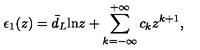
\epsilon _ { 1 } ( z ) = \bar { d } _ { L } \mathrm { l n } z + \sum _ { k = - \infty } ^ { + \infty } c _ { k } z ^ { k + 1 } ,